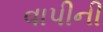
વાપીની